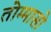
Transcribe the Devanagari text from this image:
तोम्मासो